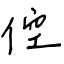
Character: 倥